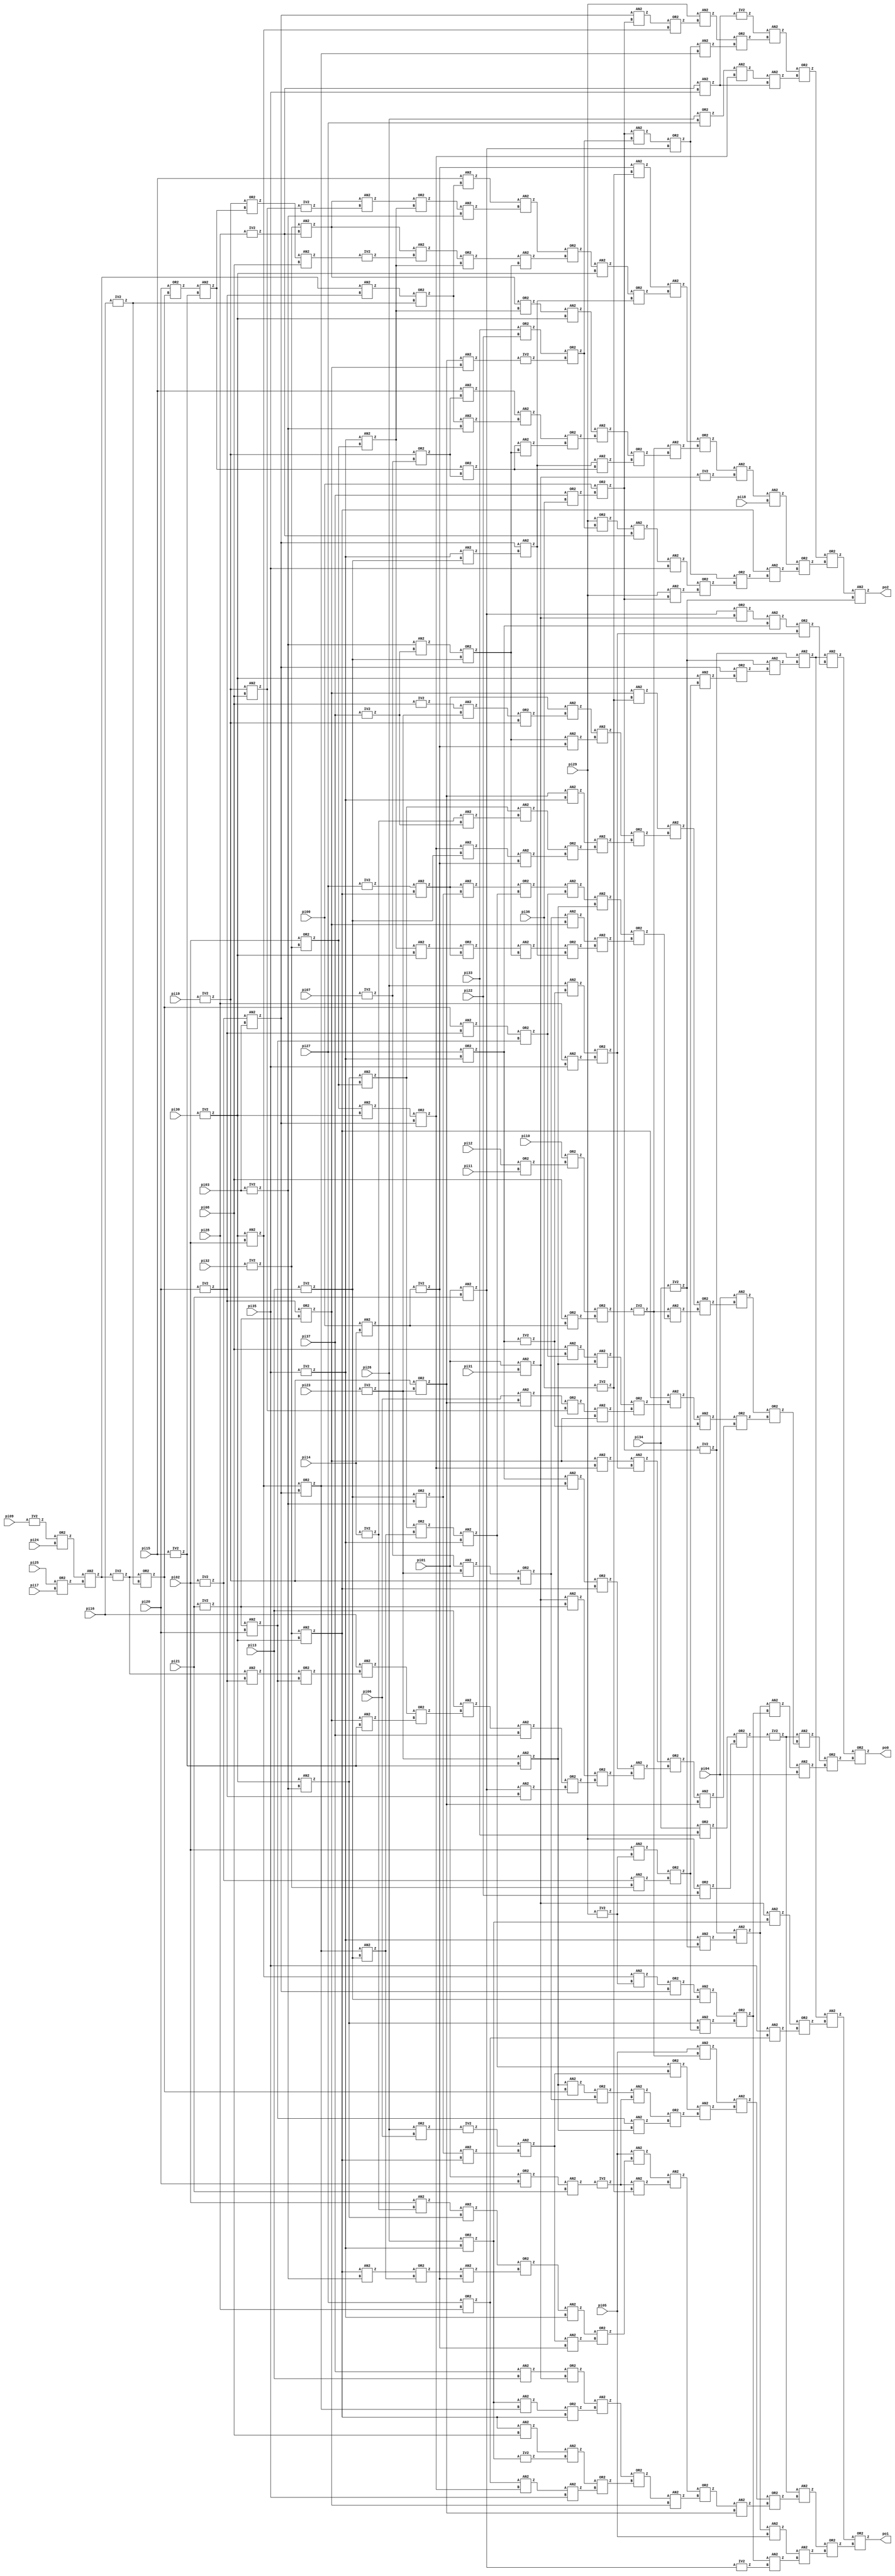
module too_large_lev2(pi00, pi01, pi02, pi03, pi04, pi05, pi06, pi07, pi08, pi09, 
	pi10, pi11, pi12, pi13, pi14, pi15, pi16, pi17, pi18, pi19, 
	pi20, pi21, pi22, pi23, pi24, pi25, pi26, pi27, pi28, pi29, 
	pi30, pi31, pi32, pi33, pi34, pi35, pi36, pi37, po0, po1, 
	po2);

input pi00, pi01, pi02, pi03, pi04, pi05, pi06, pi07, pi08, pi09, 
	pi10, pi11, pi12, pi13, pi14, pi15, pi16, pi17, pi18, pi19, 
	pi20, pi21, pi22, pi23, pi24, pi25, pi26, pi27, pi28, pi29, 
	pi30, pi31, pi32, pi33, pi34, pi35, pi36, pi37;

output po0, po1, po2;

wire n280, n281, n282, n283, n284, n285, n286, n287, n288, n289, 
	n290, n291, n292, n293, n294, n295, n296, n297, n298, n299, 
	n300, n301, n302, n303, n304, n305, n306, n307, n308, n309, 
	n310, n311, n312, n313, n314, n315, n316, n317, n318, n319, 
	n320, n321, n322, n323, n324, n325, n326, n327, n328, n329, 
	n330, n331, n332, n333, n334, n335, n336, n337, n338, n339, 
	n340, n341, n342, n343, n344, n345, n346, n347, n348, n349, 
	n350, n351, n352, n353, n354, n355, n356, n357, n358, n359, 
	n360, n361, n362, n363, n364, n365, n366, n367, n368, n369, 
	n370, n371, n372, n373, n374, n375, n376, n377, n378, n379, 
	n380, n381, n382, n383, n384, n385, n386, n387, n388, n389, 
	n390, n391, n392, n393, n394, n395, n396, n397, n398, n399, 
	n400, n401, n402, n403, n404, n405, n406, n407, n408, n409, 
	n410, n411, n412, n413, n414, n415, n416, n417, n418, n419, 
	n420, n421, n422, n423, n424, n425, n426, n427, n428, n429, 
	n430, n431, n432, n433, n434, n435, n436, n437, n438, n439, 
	n440, n441, n442, n443, n444, n445, n446, n447, n448, n449, 
	n450, n451, n452, n453, n454, n455, n456, n457, n458, n459, 
	n460, n461, n462, n463, n464, n465, n466, n467, n468, n469, 
	n470, n471, n472, n473, n474, n475, n476, n477, n478, n479, 
	n480, n481, n482, n483, n484, n485, n486, n487, n488, n489, 
	n490, n491, n492, n493, n494, n495, n496, n497, n498, n499, 
	n500, n501, n502, n503, n504, n505, n506, n507, n508, n509, 
	n510, n511, n512, n513, n514, n515, n516, n517, n518, n519, 
	n520, n521, n522, n523, n524, n525, n526, n527, n528, n529, 
	n530, n531, n532, n533, n534, n535, n536, n537, n538, n539, 
	n540, n541, n542, n543, n544, n545, n546, n547, n548, n549, 
	n550, n551, n552, n553, n554, n555, n556;

  AN2 U283 ( .A(n280), .B(n281), .Z(po2));
  OR2 U284 ( .A(n282), .B(n283), .Z(n280));
  OR2 U285 ( .A(n284), .B(n285), .Z(n283));
  AN2 U286 ( .A(n286), .B(n287), .Z(n285));
  OR2 U287 ( .A(n288), .B(n289), .Z(n287));
  OR2 U288 ( .A(n290), .B(n291), .Z(n289));
  AN2 U289 ( .A(pi29), .B(n292), .Z(n291));
  AN2 U290 ( .A(n293), .B(pi35), .Z(n290));
  AN2 U291 ( .A(n294), .B(n295), .Z(n293));
  OR2 U292 ( .A(pi29), .B(n296), .Z(n294));
  AN2 U293 ( .A(n297), .B(pi18), .Z(n284));
  AN2 U294 ( .A(n298), .B(n299), .Z(n297));
  IV2 U295 ( .A(n300), .Z(n299));
  OR2 U296 ( .A(n301), .B(n302), .Z(n298));
  AN2 U297 ( .A(n303), .B(n304), .Z(n302));
  OR2 U298 ( .A(n305), .B(n306), .Z(n304));
  AN2 U299 ( .A(n307), .B(n308), .Z(n306));
  AN2 U300 ( .A(n309), .B(n310), .Z(n305));
  OR2 U301 ( .A(n311), .B(n312), .Z(n310));
  AN2 U302 ( .A(n308), .B(n313), .Z(n312));
  OR2 U303 ( .A(n314), .B(n315), .Z(n308));
  AN2 U304 ( .A(n316), .B(n317), .Z(n311));
  AN2 U305 ( .A(n318), .B(n319), .Z(n317));
  AN2 U306 ( .A(pi15), .B(n315), .Z(n316));
  OR2 U307 ( .A(n320), .B(n321), .Z(n315));
  AN2 U308 ( .A(n322), .B(n323), .Z(n309));
  OR2 U309 ( .A(n324), .B(n325), .Z(n322));
  AN2 U310 ( .A(n326), .B(n327), .Z(n301));
  OR2 U311 ( .A(n328), .B(n307), .Z(n327));
  AN2 U312 ( .A(n329), .B(n323), .Z(n328));
  OR2 U313 ( .A(n330), .B(n331), .Z(n329));
  AN2 U314 ( .A(n332), .B(n313), .Z(n331));
  OR2 U315 ( .A(n333), .B(n325), .Z(n332));
  AN2 U316 ( .A(n324), .B(n334), .Z(n333));
  IV2 U317 ( .A(n335), .Z(n334));
  AN2 U318 ( .A(n336), .B(pi08), .Z(n335));
  OR2 U319 ( .A(n320), .B(n314), .Z(n336));
  AN2 U320 ( .A(n337), .B(n338), .Z(n314));
  OR2 U321 ( .A(pi20), .B(n339), .Z(n337));
  AN2 U322 ( .A(n340), .B(n341), .Z(n330));
  AN2 U323 ( .A(n342), .B(n319), .Z(n341));
  OR2 U324 ( .A(n343), .B(n325), .Z(n342));
  AN2 U325 ( .A(n324), .B(n344), .Z(n343));
  IV2 U326 ( .A(n345), .Z(n344));
  AN2 U327 ( .A(n346), .B(n295), .Z(n324));
  AN2 U328 ( .A(pi15), .B(n318), .Z(n340));
  OR2 U329 ( .A(n347), .B(n348), .Z(n318));
  AN2 U330 ( .A(n349), .B(n350), .Z(n347));
  AN2 U331 ( .A(n351), .B(n352), .Z(n326));
  OR2 U332 ( .A(n353), .B(n354), .Z(n282));
  AN2 U333 ( .A(n355), .B(n356), .Z(n354));
  AN2 U334 ( .A(n357), .B(n358), .Z(n355));
  OR2 U335 ( .A(pi26), .B(pi27), .Z(n357));
  AN2 U336 ( .A(n359), .B(n360), .Z(n353));
  OR2 U337 ( .A(n361), .B(n362), .Z(n360));
  AN2 U338 ( .A(n288), .B(n363), .Z(n362));
  OR2 U339 ( .A(n364), .B(n365), .Z(n288));
  AN2 U340 ( .A(n292), .B(n296), .Z(n364));
  OR2 U341 ( .A(n366), .B(n367), .Z(n296));
  IV2 U342 ( .A(n368), .Z(n367));
  AN2 U343 ( .A(n369), .B(n370), .Z(n368));
  OR2 U344 ( .A(pi33), .B(pi22), .Z(n366));
  AN2 U345 ( .A(pi29), .B(n371), .Z(n361));
  OR2 U346 ( .A(n372), .B(n373), .Z(n371));
  AN2 U347 ( .A(n374), .B(n292), .Z(n372));
  IV2 U348 ( .A(n356), .Z(n359));
  AN2 U349 ( .A(n295), .B(pi35), .Z(n356));
  IV2 U350 ( .A(pi28), .Z(n295));
  OR2 U351 ( .A(n375), .B(n376), .Z(po1));
  OR2 U352 ( .A(n377), .B(n378), .Z(n376));
  AN2 U353 ( .A(n379), .B(n380), .Z(n378));
  AN2 U354 ( .A(n381), .B(n382), .Z(n380));
  IV2 U355 ( .A(n365), .Z(n382));
  AN2 U356 ( .A(n383), .B(pi05), .Z(n379));
  AN2 U357 ( .A(n384), .B(n385), .Z(n377));
  OR2 U358 ( .A(n386), .B(n387), .Z(n385));
  AN2 U359 ( .A(n388), .B(n369), .Z(n387));
  OR2 U360 ( .A(n389), .B(n390), .Z(n388));
  AN2 U361 ( .A(n391), .B(n370), .Z(n390));
  OR2 U362 ( .A(n392), .B(n393), .Z(n391));
  OR2 U363 ( .A(n394), .B(n395), .Z(n393));
  AN2 U364 ( .A(n396), .B(pi35), .Z(n395));
  AN2 U365 ( .A(n397), .B(n358), .Z(n396));
  AN2 U366 ( .A(n398), .B(n399), .Z(n394));
  IV2 U367 ( .A(n400), .Z(n399));
  AN2 U368 ( .A(n286), .B(pi08), .Z(n398));
  AN2 U369 ( .A(n401), .B(n402), .Z(n392));
  OR2 U370 ( .A(n403), .B(n286), .Z(n402));
  AN2 U371 ( .A(n400), .B(n363), .Z(n403));
  OR2 U372 ( .A(n404), .B(n300), .Z(n401));
  AN2 U373 ( .A(pi37), .B(pi13), .Z(n404));
  AN2 U374 ( .A(n405), .B(n406), .Z(n389));
  AN2 U375 ( .A(n407), .B(n352), .Z(n406));
  AN2 U376 ( .A(pi05), .B(n408), .Z(n405));
  OR2 U377 ( .A(n409), .B(n410), .Z(n408));
  AN2 U378 ( .A(n411), .B(n351), .Z(n410));
  AN2 U379 ( .A(n412), .B(n413), .Z(n409));
  OR2 U380 ( .A(n414), .B(n415), .Z(n412));
  AN2 U381 ( .A(n416), .B(n351), .Z(n415));
  OR2 U382 ( .A(n417), .B(n418), .Z(n416));
  AN2 U383 ( .A(n286), .B(n319), .Z(n417));
  AN2 U384 ( .A(n419), .B(n420), .Z(n414));
  AN2 U385 ( .A(pi02), .B(n421), .Z(n419));
  AN2 U386 ( .A(n422), .B(n423), .Z(n386));
  AN2 U387 ( .A(n424), .B(n425), .Z(n423));
  OR2 U388 ( .A(n426), .B(n427), .Z(n425));
  AN2 U389 ( .A(n428), .B(n429), .Z(n427));
  AN2 U390 ( .A(n430), .B(n407), .Z(n426));
  IV2 U391 ( .A(n431), .Z(n407));
  AN2 U392 ( .A(n432), .B(pi21), .Z(n431));
  OR2 U393 ( .A(pi01), .B(pi20), .Z(n432));
  OR2 U394 ( .A(n433), .B(n434), .Z(n430));
  AN2 U395 ( .A(n429), .B(n339), .Z(n433));
  OR2 U396 ( .A(n435), .B(n411), .Z(n424));
  AN2 U397 ( .A(n436), .B(n437), .Z(n411));
  AN2 U398 ( .A(n438), .B(n286), .Z(n437));
  IV2 U399 ( .A(n439), .Z(n436));
  OR2 U400 ( .A(pi26), .B(pi06), .Z(n439));
  AN2 U401 ( .A(pi05), .B(n303), .Z(n422));
  AN2 U402 ( .A(n440), .B(n441), .Z(n375));
  OR2 U403 ( .A(n442), .B(n443), .Z(n441));
  AN2 U404 ( .A(pi35), .B(n397), .Z(n443));
  OR2 U405 ( .A(pi27), .B(pi28), .Z(n397));
  AN2 U406 ( .A(n300), .B(n400), .Z(n442));
  OR2 U407 ( .A(pi26), .B(n413), .Z(n400));
  OR2 U408 ( .A(n444), .B(n445), .Z(po0));
  OR2 U409 ( .A(n446), .B(n447), .Z(n445));
  AN2 U410 ( .A(n448), .B(pi04), .Z(n447));
  AN2 U411 ( .A(n383), .B(n381), .Z(n448));
  OR2 U412 ( .A(n449), .B(n450), .Z(n381));
  AN2 U413 ( .A(n420), .B(n451), .Z(n450));
  AN2 U414 ( .A(n452), .B(n453), .Z(n449));
  OR2 U415 ( .A(n454), .B(n374), .Z(n452));
  AN2 U416 ( .A(n373), .B(n455), .Z(n454));
  AN2 U417 ( .A(n456), .B(n457), .Z(n383));
  AN2 U418 ( .A(n413), .B(n281), .Z(n457));
  AN2 U419 ( .A(n384), .B(n458), .Z(n446));
  OR2 U420 ( .A(n459), .B(n460), .Z(n458));
  OR2 U421 ( .A(n461), .B(n462), .Z(n460));
  AN2 U422 ( .A(n463), .B(n369), .Z(n462));
  OR2 U423 ( .A(n464), .B(n465), .Z(n463));
  AN2 U424 ( .A(n466), .B(n467), .Z(n465));
  OR2 U425 ( .A(n468), .B(n469), .Z(n467));
  OR2 U426 ( .A(n470), .B(n471), .Z(n469));
  AN2 U427 ( .A(n365), .B(n350), .Z(n471));
  AN2 U428 ( .A(n472), .B(pi37), .Z(n470));
  AN2 U429 ( .A(pi13), .B(n473), .Z(n472));
  OR2 U430 ( .A(n474), .B(n475), .Z(n473));
  AN2 U431 ( .A(n370), .B(n338), .Z(n475));
  AN2 U432 ( .A(pi16), .B(n476), .Z(n474));
  OR2 U433 ( .A(n477), .B(n428), .Z(n476));
  AN2 U434 ( .A(n478), .B(n350), .Z(n477));
  AN2 U435 ( .A(n300), .B(n479), .Z(n468));
  OR2 U436 ( .A(n480), .B(n286), .Z(n466));
  AN2 U437 ( .A(n481), .B(n363), .Z(n480));
  AN2 U438 ( .A(n482), .B(n483), .Z(n464));
  AN2 U439 ( .A(n370), .B(n358), .Z(n482));
  AN2 U440 ( .A(n484), .B(n485), .Z(n461));
  AN2 U441 ( .A(n286), .B(n486), .Z(n484));
  OR2 U442 ( .A(n487), .B(n488), .Z(n486));
  AN2 U443 ( .A(n489), .B(n370), .Z(n488));
  OR2 U444 ( .A(n490), .B(n345), .Z(n489));
  AN2 U445 ( .A(n320), .B(pi08), .Z(n345));
  AN2 U446 ( .A(pi06), .B(n369), .Z(n490));
  AN2 U447 ( .A(n491), .B(n429), .Z(n487));
  AN2 U448 ( .A(pi08), .B(n492), .Z(n491));
  AN2 U449 ( .A(pi04), .B(n493), .Z(n459));
  OR2 U450 ( .A(n494), .B(n495), .Z(n493));
  AN2 U451 ( .A(n303), .B(n496), .Z(n495));
  OR2 U452 ( .A(n497), .B(n498), .Z(n496));
  AN2 U453 ( .A(n499), .B(n500), .Z(n498));
  OR2 U454 ( .A(n501), .B(n307), .Z(n500));
  AN2 U455 ( .A(n374), .B(n502), .Z(n307));
  AN2 U456 ( .A(n413), .B(n453), .Z(n502));
  AN2 U457 ( .A(n503), .B(n313), .Z(n501));
  OR2 U458 ( .A(n504), .B(n505), .Z(n503));
  AN2 U459 ( .A(n325), .B(n323), .Z(n504));
  AN2 U460 ( .A(n413), .B(n506), .Z(n325));
  AN2 U461 ( .A(n434), .B(n370), .Z(n499));
  OR2 U462 ( .A(n507), .B(n320), .Z(n434));
  AN2 U463 ( .A(n321), .B(n508), .Z(n507));
  IV2 U464 ( .A(pi07), .Z(n321));
  AN2 U465 ( .A(n509), .B(n429), .Z(n497));
  AN2 U466 ( .A(n508), .B(n338), .Z(n429));
  IV2 U467 ( .A(pi15), .Z(n338));
  AN2 U468 ( .A(n510), .B(n492), .Z(n509));
  OR2 U469 ( .A(n511), .B(n428), .Z(n492));
  AN2 U470 ( .A(n479), .B(pi20), .Z(n428));
  AN2 U471 ( .A(n339), .B(n350), .Z(n511));
  OR2 U472 ( .A(n478), .B(n348), .Z(n339));
  IV2 U473 ( .A(pi16), .Z(n348));
  IV2 U474 ( .A(n349), .Z(n478));
  AN2 U475 ( .A(n512), .B(n513), .Z(n349));
  OR2 U476 ( .A(pi25), .B(pi17), .Z(n513));
  OR2 U477 ( .A(n514), .B(pi24), .Z(n512));
  IV2 U478 ( .A(pi09), .Z(n514));
  OR2 U479 ( .A(n515), .B(n435), .Z(n510));
  AN2 U480 ( .A(n516), .B(n413), .Z(n435));
  OR2 U481 ( .A(n517), .B(n418), .Z(n516));
  AN2 U482 ( .A(n363), .B(n453), .Z(n418));
  OR2 U483 ( .A(n373), .B(n374), .Z(n363));
  AN2 U484 ( .A(n323), .B(pi02), .Z(n373));
  AN2 U485 ( .A(n505), .B(n438), .Z(n515));
  OR2 U486 ( .A(n453), .B(n319), .Z(n438));
  IV2 U487 ( .A(n518), .Z(n303));
  OR2 U488 ( .A(n519), .B(n520), .Z(n518));
  OR2 U489 ( .A(pi08), .B(n521), .Z(n520));
  OR2 U490 ( .A(pi10), .B(n522), .Z(n519));
  OR2 U491 ( .A(pi12), .B(pi11), .Z(n522));
  AN2 U492 ( .A(n523), .B(n524), .Z(n494));
  OR2 U493 ( .A(n525), .B(n526), .Z(n524));
  AN2 U494 ( .A(n527), .B(n528), .Z(n526));
  OR2 U495 ( .A(n529), .B(n530), .Z(n528));
  AN2 U496 ( .A(n531), .B(n351), .Z(n530));
  AN2 U497 ( .A(n358), .B(n453), .Z(n531));
  OR2 U498 ( .A(n532), .B(n374), .Z(n358));
  AN2 U499 ( .A(n506), .B(n323), .Z(n532));
  AN2 U500 ( .A(n517), .B(n533), .Z(n529));
  AN2 U501 ( .A(n421), .B(n534), .Z(n533));
  IV2 U502 ( .A(pi14), .Z(n421));
  AN2 U503 ( .A(n420), .B(n506), .Z(n517));
  OR2 U504 ( .A(pi02), .B(n346), .Z(n506));
  AN2 U505 ( .A(n323), .B(n319), .Z(n420));
  AN2 U506 ( .A(n369), .B(n413), .Z(n527));
  OR2 U507 ( .A(n320), .B(n508), .Z(n369));
  AN2 U508 ( .A(n535), .B(n536), .Z(n525));
  AN2 U509 ( .A(n313), .B(n351), .Z(n536));
  IV2 U510 ( .A(n521), .Z(n351));
  AN2 U511 ( .A(pi00), .B(pi14), .Z(n521));
  OR2 U512 ( .A(n537), .B(n453), .Z(n313));
  IV2 U513 ( .A(pi13), .Z(n453));
  AN2 U514 ( .A(n319), .B(n534), .Z(n537));
  IV2 U515 ( .A(pi37), .Z(n534));
  IV2 U516 ( .A(pi03), .Z(n319));
  AN2 U517 ( .A(n505), .B(n538), .Z(n535));
  OR2 U518 ( .A(n539), .B(n320), .Z(n538));
  IV2 U519 ( .A(pi19), .Z(n320));
  AN2 U520 ( .A(n540), .B(n508), .Z(n539));
  IV2 U521 ( .A(pi23), .Z(n508));
  IV2 U522 ( .A(pi08), .Z(n540));
  AN2 U523 ( .A(n541), .B(n286), .Z(n505));
  AN2 U524 ( .A(n346), .B(n323), .Z(n286));
  IV2 U525 ( .A(pi27), .Z(n541));
  AN2 U526 ( .A(n370), .B(n352), .Z(n523));
  IV2 U527 ( .A(pi36), .Z(n352));
  OR2 U528 ( .A(n350), .B(n479), .Z(n370));
  IV2 U529 ( .A(pi21), .Z(n479));
  IV2 U530 ( .A(pi20), .Z(n350));
  IV2 U531 ( .A(n542), .Z(n384));
  OR2 U532 ( .A(n543), .B(n544), .Z(n542));
  OR2 U533 ( .A(pi29), .B(pi22), .Z(n544));
  OR2 U534 ( .A(pi34), .B(pi33), .Z(n543));
  AN2 U535 ( .A(n440), .B(n545), .Z(n444));
  OR2 U536 ( .A(n546), .B(n483), .Z(n545));
  OR2 U537 ( .A(n547), .B(n548), .Z(n483));
  AN2 U538 ( .A(pi28), .B(pi35), .Z(n548));
  AN2 U539 ( .A(pi26), .B(n485), .Z(n547));
  IV2 U540 ( .A(n481), .Z(n485));
  AN2 U541 ( .A(n549), .B(n481), .Z(n546));
  OR2 U542 ( .A(pi27), .B(n413), .Z(n481));
  IV2 U543 ( .A(pi35), .Z(n413));
  OR2 U544 ( .A(n365), .B(n300), .Z(n549));
  AN2 U545 ( .A(pi01), .B(pi31), .Z(n300));
  AN2 U546 ( .A(pi01), .B(pi21), .Z(n365));
  AN2 U547 ( .A(n456), .B(n550), .Z(n440));
  AN2 U548 ( .A(n281), .B(n551), .Z(n550));
  OR2 U549 ( .A(n374), .B(n552), .Z(n551));
  AN2 U550 ( .A(n323), .B(n451), .Z(n552));
  OR2 U551 ( .A(n553), .B(n554), .Z(n451));
  AN2 U552 ( .A(n555), .B(n346), .Z(n554));
  IV2 U553 ( .A(pi32), .Z(n346));
  AN2 U554 ( .A(pi02), .B(n455), .Z(n553));
  IV2 U555 ( .A(pi29), .Z(n455));
  IV2 U556 ( .A(pi30), .Z(n323));
  AN2 U557 ( .A(n555), .B(pi03), .Z(n374));
  IV2 U558 ( .A(pi02), .Z(n555));
  IV2 U559 ( .A(pi34), .Z(n281));
  IV2 U560 ( .A(n292), .Z(n456));
  OR2 U561 ( .A(pi00), .B(n556), .Z(n292));
  OR2 U562 ( .A(pi37), .B(pi36), .Z(n556));

endmodule

module IV2(A,  Z);
  input A;
  output Z;

  assign Z = ~A;
endmodule

module AN2(A,  B,  Z);
  input A,  B;
  output Z;

  assign Z = A & B;
endmodule

module OR2(A,  B,  Z);
  input A,  B;
  output Z;

  assign Z = A | B;
endmodule